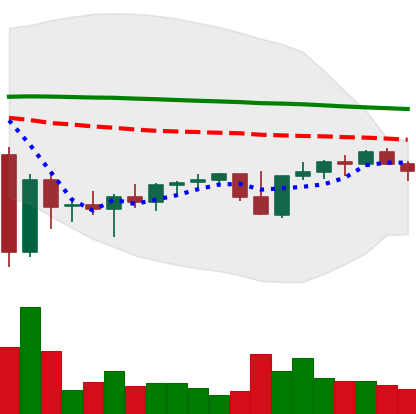
Ticker: XMR-USD
Chart end date: 2022-11-28
Forward return: 7.698%
Label: up_7plus